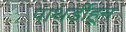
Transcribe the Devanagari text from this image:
पाथर्डीहून